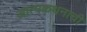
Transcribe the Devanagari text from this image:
आत्मकथनाची